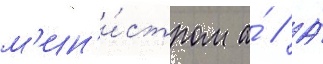
м'ин'и́стром а́ // А́